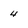
Character: 4